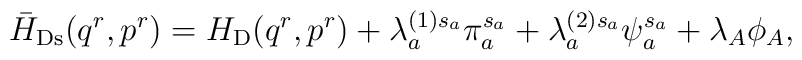
\bar{H}_{\rm Ds}(q^r,p^r)=H_{\rm D}(q^r,p^r) + \lambda_a^{(1)s_a}\pi_a^{s_a} +\lambda_a^{(2)s_a}\psi_a^{s_a} + \lambda_A\phi_A,